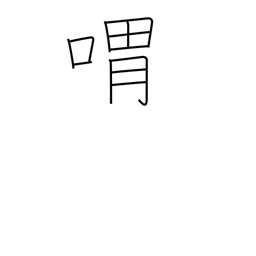
Meaning: moan